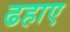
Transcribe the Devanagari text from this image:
ढहाए